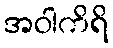
အဝါကိရိ